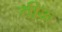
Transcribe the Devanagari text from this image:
तीऊ